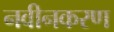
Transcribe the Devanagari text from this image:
नवीनकरण